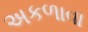
અકળાવા